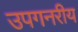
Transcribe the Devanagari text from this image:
उपगनरीय